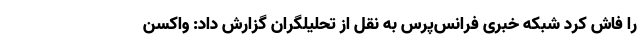
را فاش کرد شبکه خبری فرانس‌پرس به نقل از تحلیلگران گزارش داد: واکسن